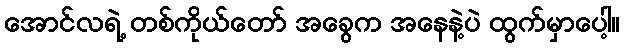
အောင်လရဲ့ တစ်ကိုယ်တော် အခွေက အနေနဲ့ပဲ ထွက်မှာပေါ့။